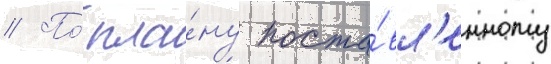
// По́ пла́ну поста́вл'енному